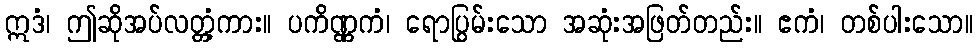
ဣဒံ၊ ဤဆိုအပ်လတ္တံ့ကား။ ပကိဏ္ဏကံ၊ ရောပြွမ်းသော အဆုံးအဖြတ်တည်း။ ဧကံ၊ တစ်ပါးသော။